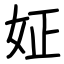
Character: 姃